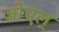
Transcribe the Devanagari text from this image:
जोएल्‌